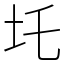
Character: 圫